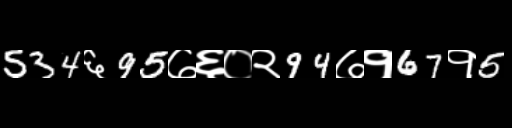
Text: 534६95७६०२94७१67१5